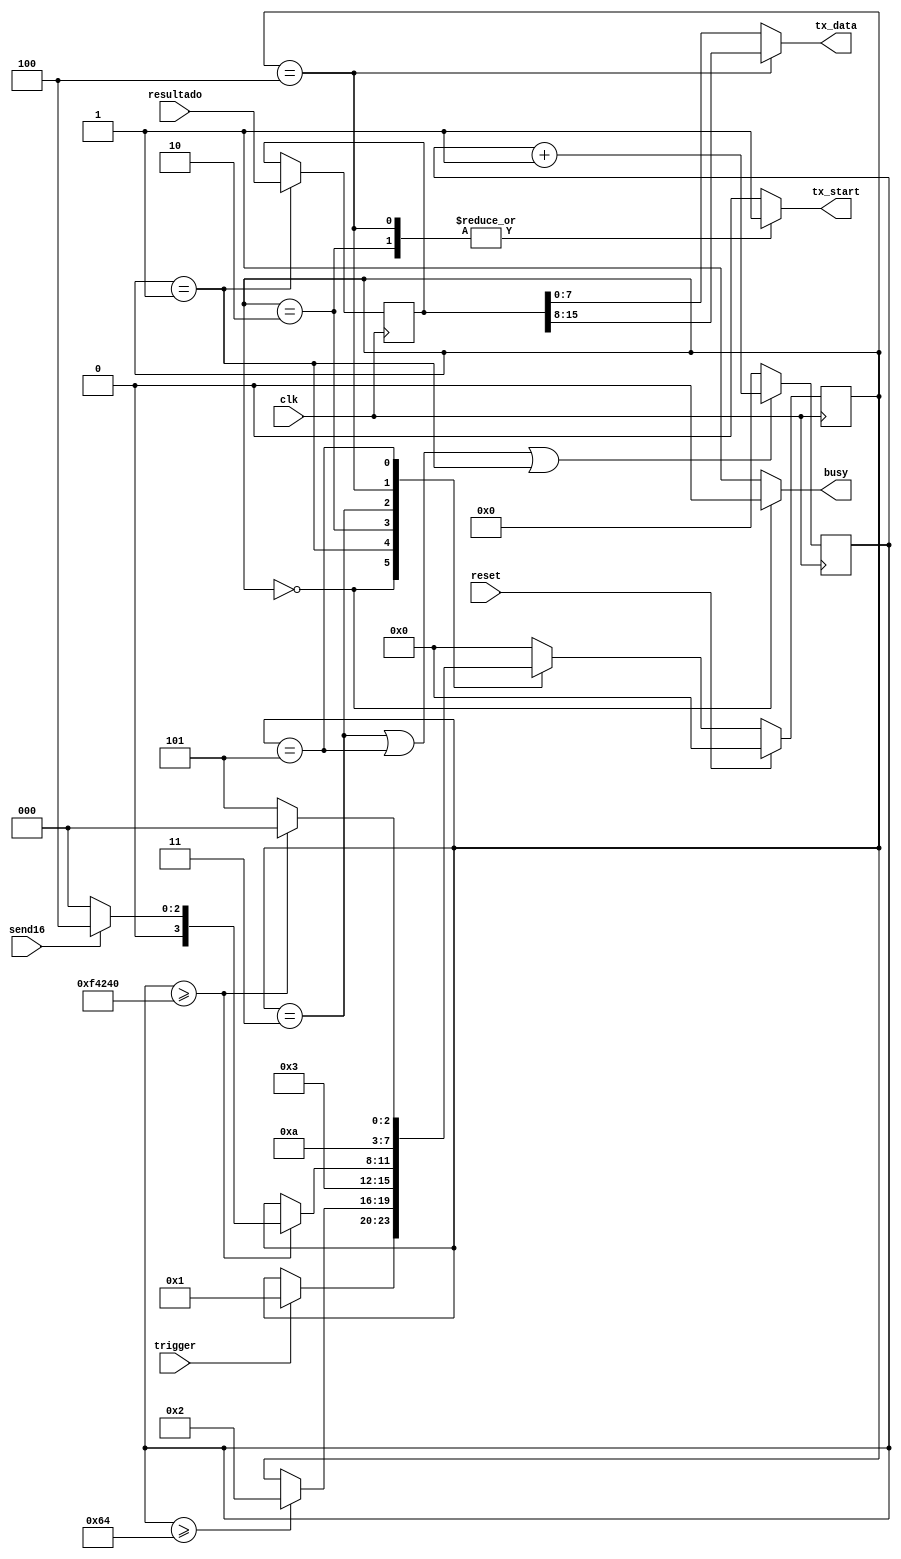
`timescale 1ns / 1ps
//////////////////////////////////////////////////////////////////////////////////
// Company: 
// Engineer: 
// 
// Design Name: 
// Module Name: tx_control_UART
// Project Name: 
// Target Devices: 
// Tool Versions: 
// Description: 
// 
// Dependencies: 
// 
// Revision:
// Revision 0.01 - File Created
// Additional Comments:
// 
//////////////////////////////////////////////////////////////////////////////////

module UART_tx_control_esclavo
#( parameter WAIT_FOR_REGISTER = 100,
   parameter WAIT_FOR_RESULTADO = 1000000)(
 
 input clk,
 input reset,
 input trigger,
 input [15:0]resultado,
 input send16,
 output reg busy,
 output reg [7:0] tx_data,
 output reg tx_start
 );
 
 reg [3:0] next_state, state;
 reg [15:0] tx_data16;
 reg [31:0] cnt_next;
 
 localparam IDLE 		    = 3'd0;  
 localparam REGISTER_DATAIN = 3'd1; 
 localparam SEND_BYTE_0     = 3'd2;  
 localparam DELAY_BYTE_0    = 3'd3;  
 localparam SEND_BYTE_1     = 3'd4;  
 localparam DELAY_BYTE_1    = 3'd5;

 
 always@(*) begin
    
    next_state = state;
    busy = 1'b1;
    tx_start = 1'b0;
    tx_data = tx_data16[7:0];
    
    case (state)
        IDLE: begin
                busy = 1'b0;
                if (trigger)
                    next_state = REGISTER_DATAIN;
              end
              
        REGISTER_DATAIN: begin
                        if (cnt_next >= WAIT_FOR_REGISTER)begin
                            next_state = SEND_BYTE_0;
                            end
                      end
                        
        SEND_BYTE_0: begin 
                     next_state = DELAY_BYTE_0;
                     tx_start = 1'b1;
                     end

        DELAY_BYTE_0: begin
                        //tx_data = tx_data16[15:8];
                        if (cnt_next >= WAIT_FOR_RESULTADO) begin
                                if (send16)
                                    next_state=SEND_BYTE_1;
                                else 
                                    next_state=IDLE;
                                end
                       end
         SEND_BYTE_1: begin
                        tx_data = tx_data16[15:8];
                        next_state = DELAY_BYTE_1;
                        tx_start = 1'b1;
                      end
         DELAY_BYTE_1: begin
                       if (cnt_next >= WAIT_FOR_RESULTADO)
                                 next_state=IDLE;
                       else
                            next_state=DELAY_BYTE_1;
                       end
         default: next_state = IDLE;
         endcase
         end    
         
  always@(posedge clk) begin
    if (reset)
        state <= IDLE;
    else 
        state <= next_state;
    end
    
  always@(posedge clk) begin
        if (state ==REGISTER_DATAIN)
            tx_data16 <= resultado;
        end
        
  always@(posedge clk) begin
    if (state == DELAY_BYTE_0 || state == DELAY_BYTE_1 || state == REGISTER_DATAIN)begin
        cnt_next <= cnt_next + 1;
        end
    else begin
        cnt_next <=0;
        end
    end   
    
endmodule